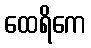
ထေရိကေ